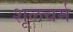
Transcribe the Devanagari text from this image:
शूलचर्म